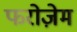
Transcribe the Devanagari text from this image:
फरोज़ेम